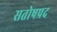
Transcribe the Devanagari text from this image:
सतोषप्रद